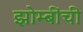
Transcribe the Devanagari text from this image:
झोम्बींची